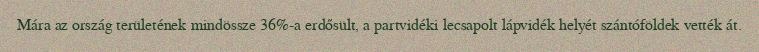
Mára az ország területének mindössze 36%-a erdősült, a partvidéki lecsapolt lápvidék helyét szántóföldek vették át.